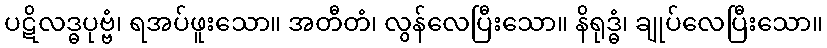
ပဋိလဒ္ဓပုဗ္ဗံ၊ ရအပ်ဖူးသော။ အတီတံ၊ လွန်လေပြီးသော။ နိရုဒ္ဓံ၊ ချုပ်လေပြီးသော။